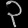
Digit: ၃